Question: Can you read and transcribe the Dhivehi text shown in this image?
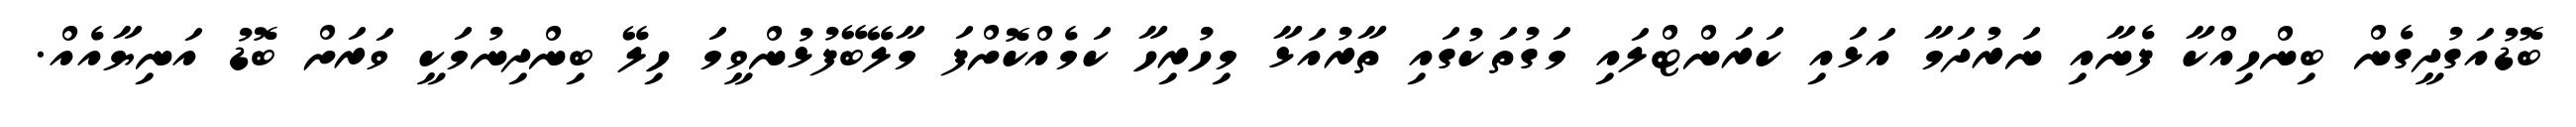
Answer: ބޮޑުއަގުދީގެން ބިންހިއްކާ ފެނާއި ނަރުދަމާ އަޅައި ކަރަންޓްލައި މަގުތަކުގައި ތާރުއަޅާ މިހުރިހާ ކަމެއްކޮށްފަ މާލޭބޭފުޅުންވީމަ ހިލޭ ބިންދިނުމަކީ ވަރަށް ބޮޑު އަނިޔާއެއް.